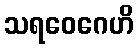
သရဝေဂေဟိ